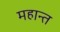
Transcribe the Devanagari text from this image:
महान्त